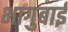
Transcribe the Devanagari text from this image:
भागुबाई